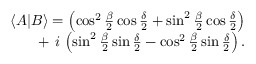
\begin{array} { r } { \langle A | B \rangle = \left( \cos ^ { 2 } { \frac { \beta } { 2 } } \cos { \frac { \delta } { 2 } } + \sin ^ { 2 } { \frac { \beta } { 2 } } \cos { \frac { \delta } { 2 } } \right) } \\ { + \, \, i \, \left( \sin ^ { 2 } { \frac { \beta } { 2 } } \sin { \frac { \delta } { 2 } } - \cos ^ { 2 } { \frac { \beta } { 2 } } \sin { \frac { \delta } { 2 } } \right) . } \end{array}